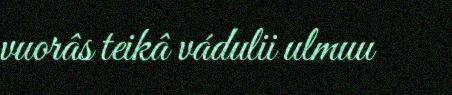
vuorâs teikâ vádulii ulmuu